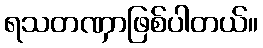
ရသတဏှာဖြစ်ပါတယ်။